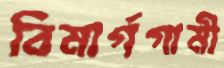
বিমার্গগামী